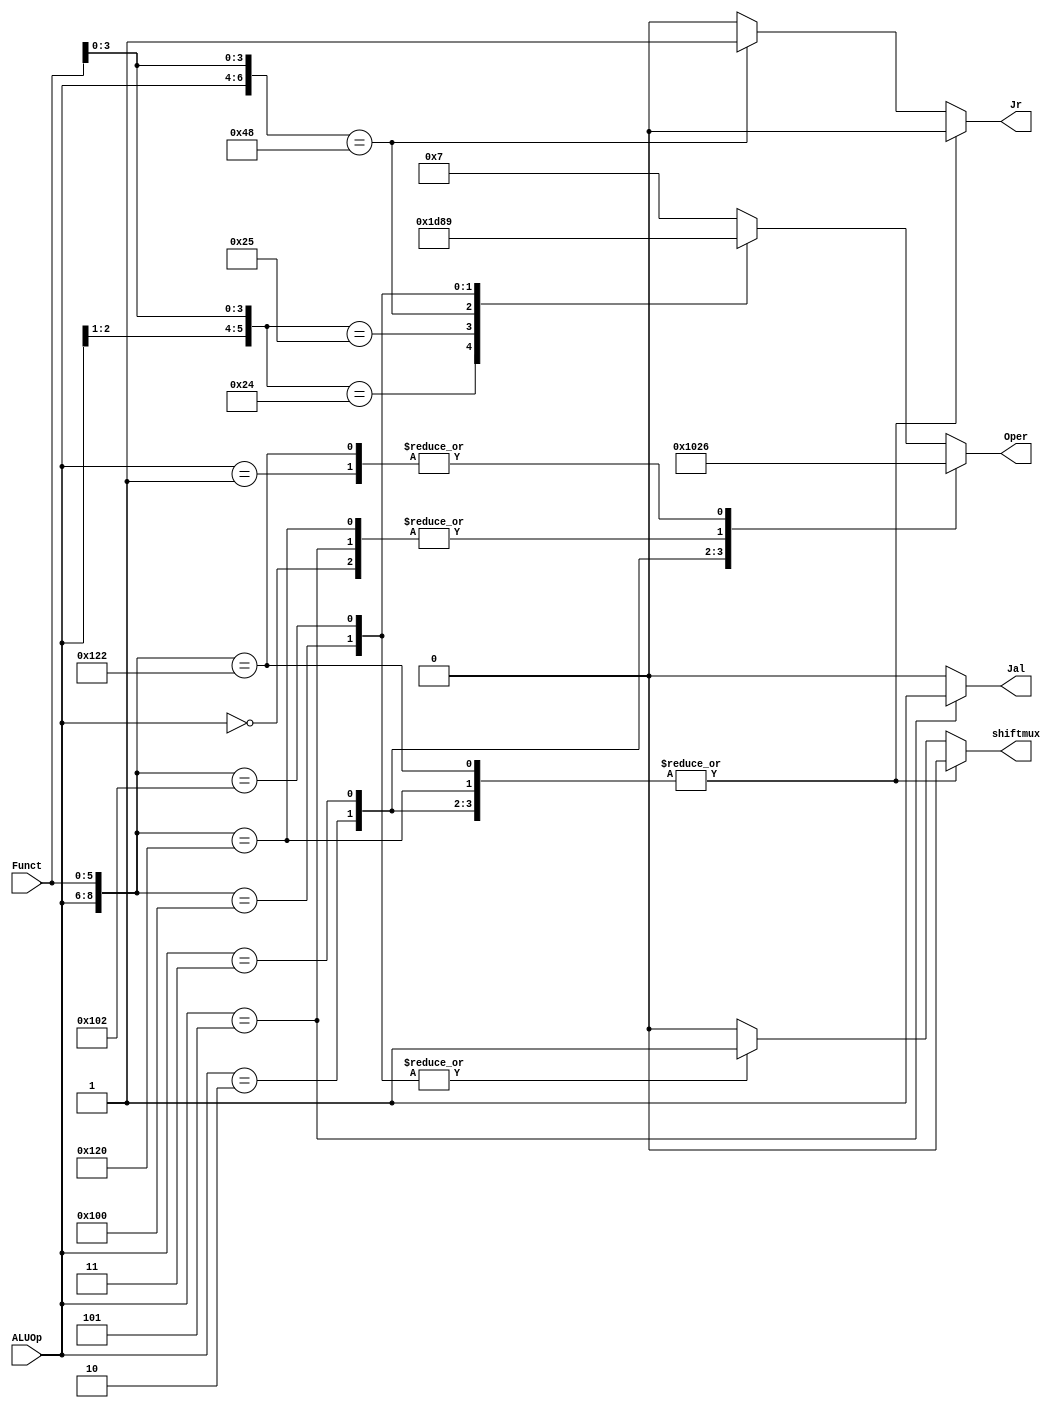
`timescale 1ns / 1ps
//////////////////////////////////////////////////////////////////////////////////
// Company: 
// Engineer: 
// 
// Design Name: 
// Module Name: aluctr
// Project Name: 
// Target Devices: 
// Tool Versions: 
// Description: 
// 
// Dependencies: 
// 
// Revision:
// Revision 0.01 - File Created
// Additional Comments:
// 
//////////////////////////////////////////////////////////////////////////////////


module aluctr(
    input [2:0] ALUOp,
    input [5:0] Funct,
    output [3:0] Oper,
    output reg shiftmux,
    output reg Jal,
    output reg Jr
    );
    
    reg [3:0]OPER;
    
    assign Oper=OPER;
    
    always@(ALUOp or Funct)
     begin
        shiftmux=0;
        Jal=0;
        Jr=0;
        casex({ALUOp,Funct})
            9'b000xxxxxx://addi  addiu  
            OPER=4'b0010;//add
            
            9'b101xxxxxx://jal  
            begin 
            Jal=1;
            OPER=4'b0010;//add
            end
            
            9'b001xxxxxx://i-sub beq   
            OPER=4'b0110;//sub

            9'b010xxxxxx://i-or 
            OPER=4'b0001;//or
            
            9'b011xxxxxx:// i-and
            OPER=4'b0000;
            
            9'b100100000://r-add  
            OPER=4'b0010;//add
           
            9'b100100010: //r-sub
            OPER=4'b0110;//sub
            
            9'b10xxx0100://r-and
              OPER=4'b0000;//and

            9'b10xxx0101: //r-or
             OPER=4'b0001;//or
             
             9'b10xxx1010: //r-slt
            OPER=4'b0111;//slt
             
             9'b100xx1000://r-jr
            begin
             Jr=1;
            OPER=4'b1101;//nothing
            end
            
            9'b100000000://r-sll
            begin
            OPER=4'b1000; //sl
            shiftmux=1;
            end
            
            9'b100000010://r-srl
            begin
            OPER=4'b1001; //sr 
            shiftmux=1;
            end
            
            default: 
            begin
            OPER=4'b0111;
            end
        endcase
    end
endmodule